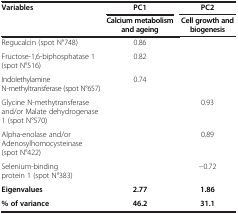
| Variables | PC1 | PC2 |
 |  | Calcium metabolism and ageing | Cell growth and biogenesis |
 | --- | --- | --- |
 | Regucalcin (spot N°748) | 0.86 |  |
 | Fructose-1,6-biphosphatase 1 (spot N°516) | 0.82 |  |
 | Indolethylamine N-methyltransferase (spot N°657) | 0.74 |  |
 | Glycine N-methytransferase and/or Malate dehydrogenase 1 (spot N°570) |  | 0.93 |
 | Alpha-enolase and/or Adenosylhomocysteinase (spot N°422) |  | 0.89 |
 | Selenium-binding protein 1 (spot N°383) |  | -0.72 |
 | Eigenvalues | 2.77 | 1.86 |
 | % of variance | 46.2 | 31.1 |